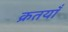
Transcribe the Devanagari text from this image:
क्रतयाँ